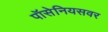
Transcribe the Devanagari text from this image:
पॉसेनियसवर